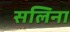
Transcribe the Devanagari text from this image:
सलिना